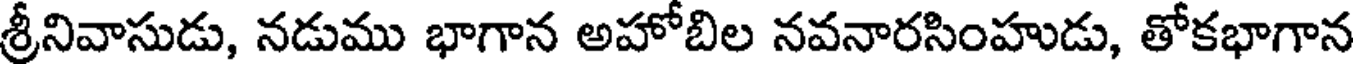
శ్రీనివాసుడు, నడుము భాగాన అహోబిల నవనారసింహుడు, తోకభాగాన